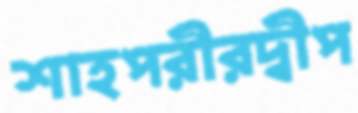
শাহপরীরদ্বীপ